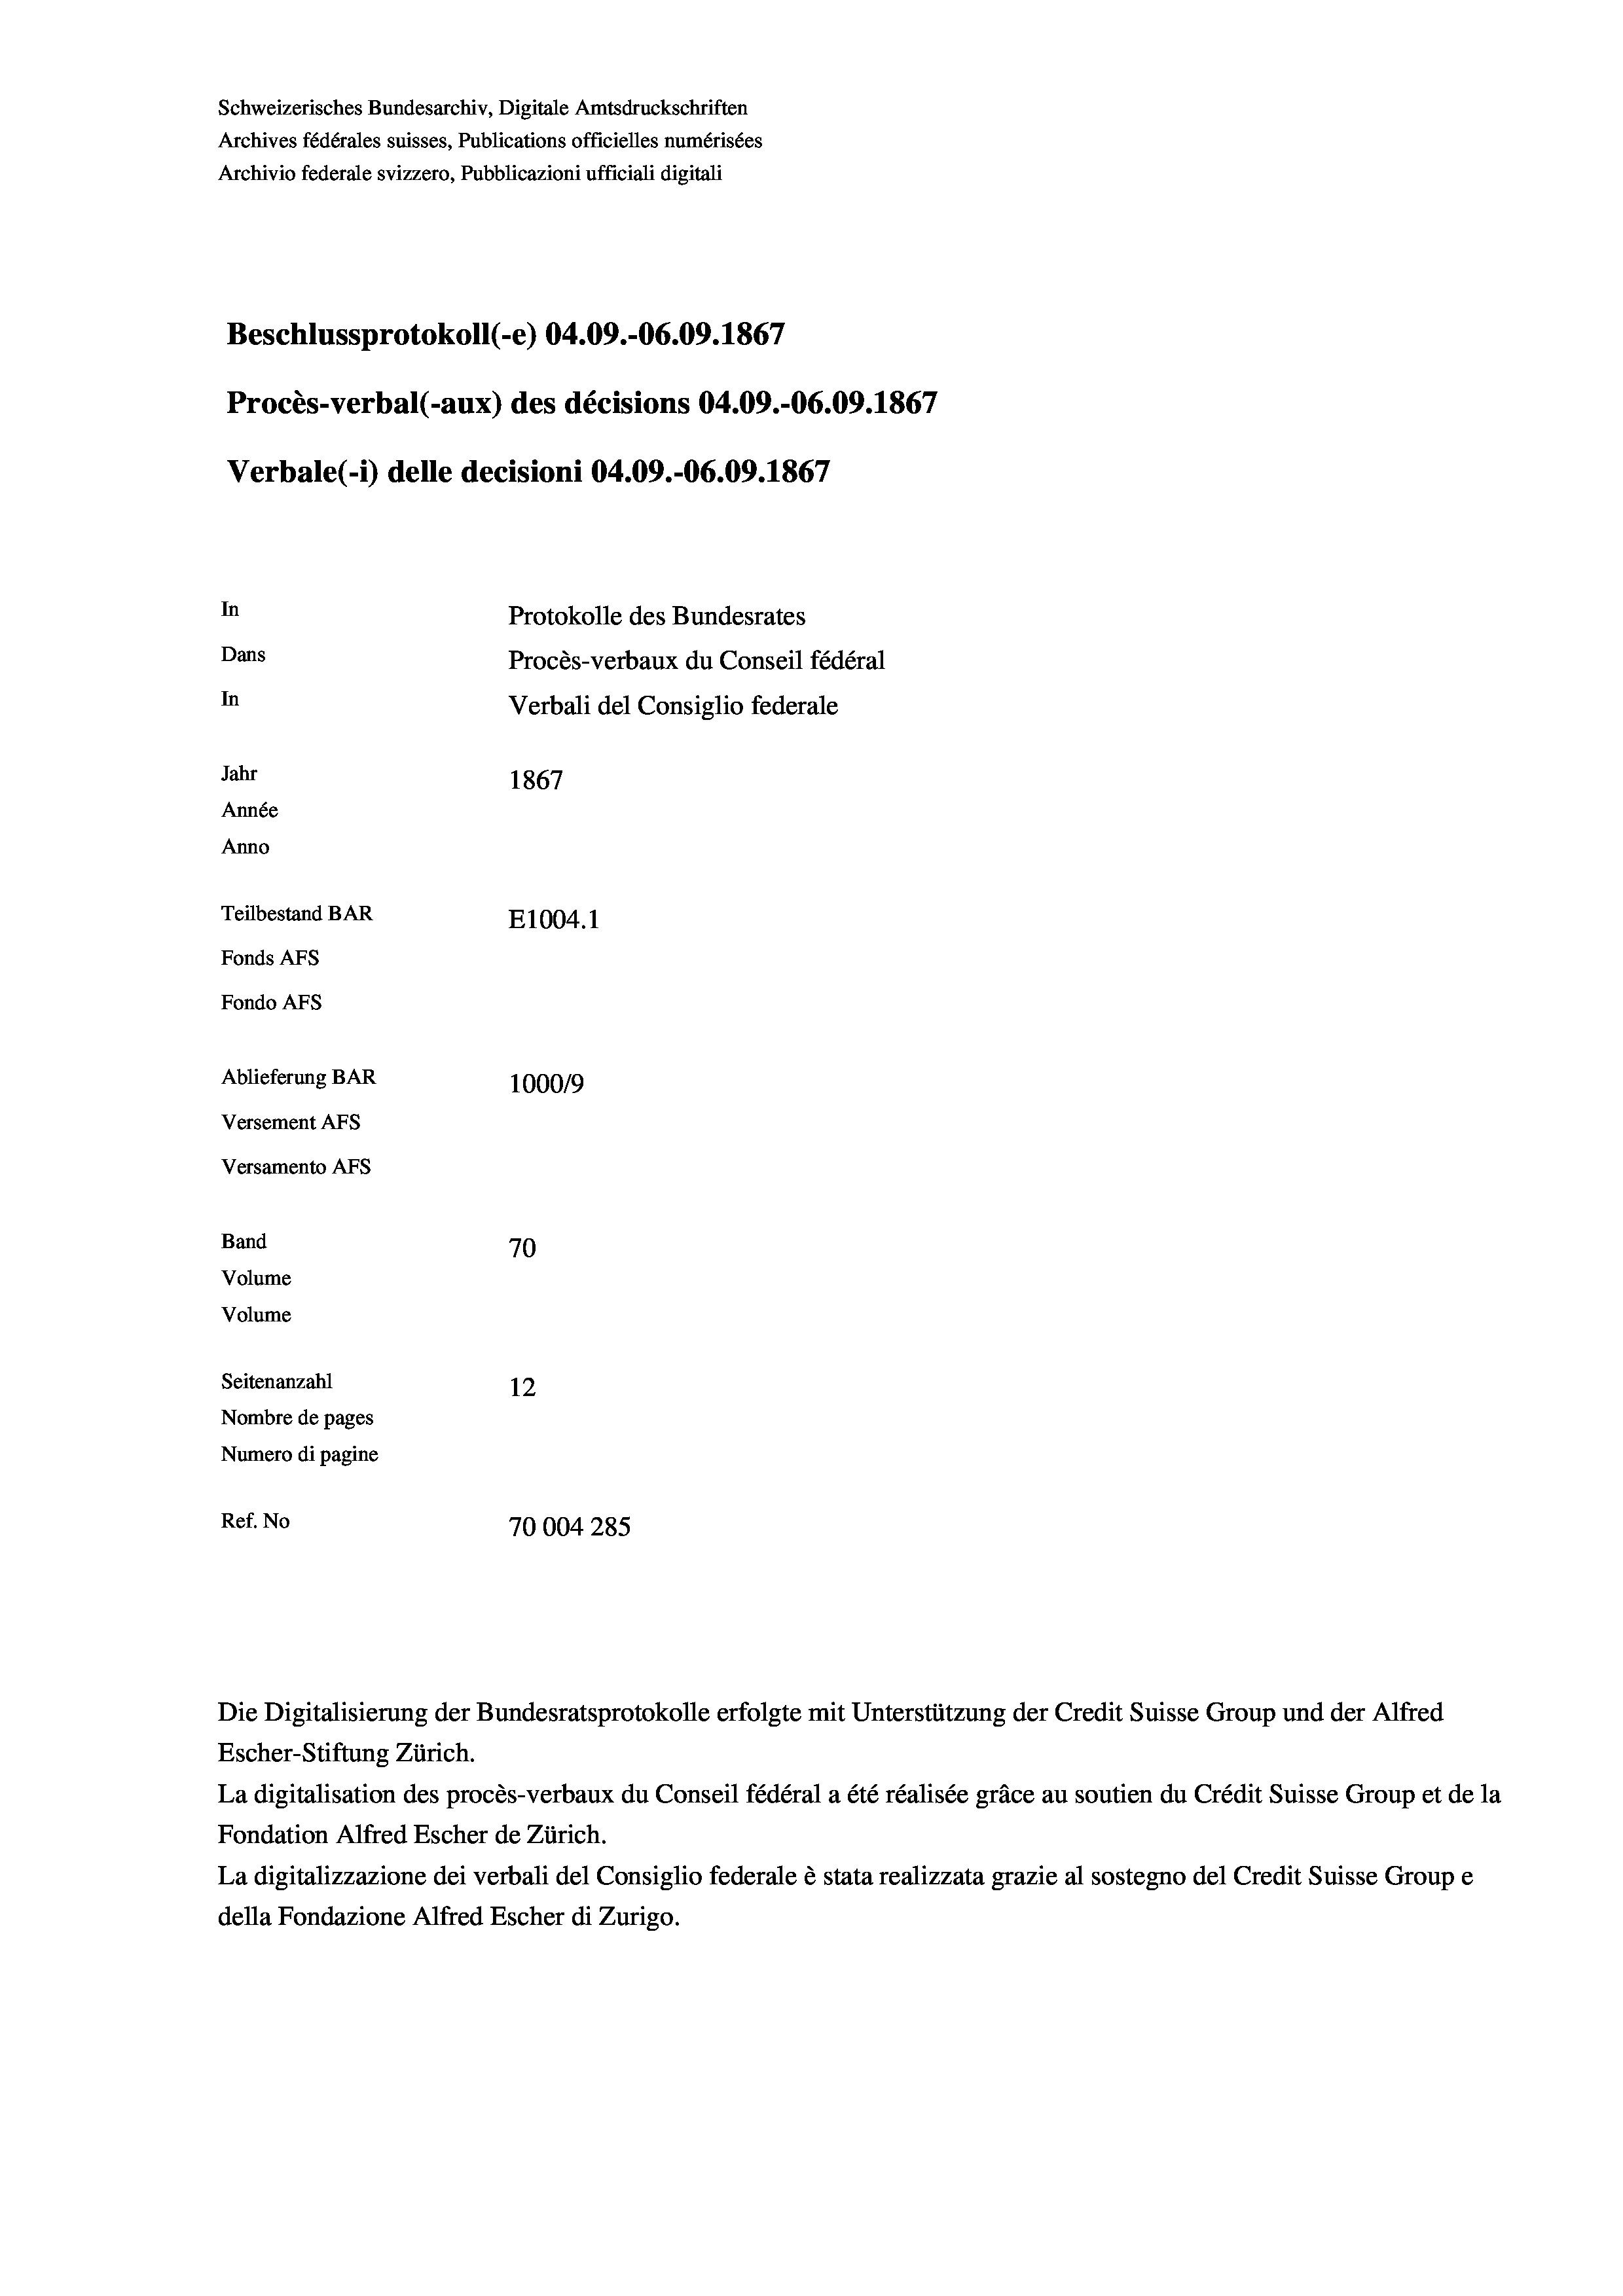
Schweizerisches Bundesarchiv, Digitale Amtsdruckschriften
Archives fédérales suisses, Publications officielles numérisées
Archivio federale svizzero, Pubblicazioni ufficiali digitali
Beschlussprotokoll (-e) 04.09.-06.09. 1867
Procès-verbal (-aux) des décisions 04.09.-06.09. 1867
Verbale (- 1) delle decisioni 04.09.-06.09. 1867
In
Protokolle des Bundesrates
Dans
Procès-verbaux du Conseil fédéral
In
Verbali del Consiglio federale
Jahr
1867
Année
Anno
Teilbestand BAR
E1004. 1
Fonds AFs
Fondo AFs
Ablieferung BAR
100019
Versement AFs
Versamento Afs
Band
70
Volume
Volume
Seitenanzahl
12
Nombre de pages
Numero di pagine
Ref. No
70004 285

Escher-Stiftung Zürich.
La digitalisation des procès-verbaux du Conseil fédéral a été réalisée gräce au soutien du Crédit Suisse Group et de la
Fondation Alfred Escher de Zürich.
La digitalizzazione dei verbali del Consiglio federale è stata realizzata grazie al sostegno del Credit Suisse Groupe
della Fondazione Alfred Escher di Zurigo.

Die Digitalisierung der Bundesratsprotokolle erfolgte mit Unterstützung der Credit Suisse Group und der Alfred